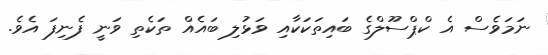
ނަމަވެސް އެ ކްޕްސޫލްގެ ބައިތަކަކާއި ވަޅުލި ބައެއް ތަކެތި ވަނީ ފެނިފަ އެވެ.